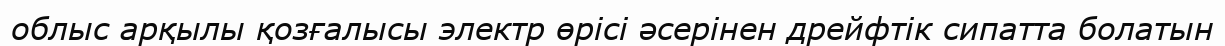
облыс арқылы қозғалысы электр өрісі әсерінен дрейфтік сипатта болатын